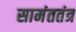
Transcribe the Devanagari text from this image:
सामंततंत्र